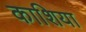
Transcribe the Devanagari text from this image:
काशिया